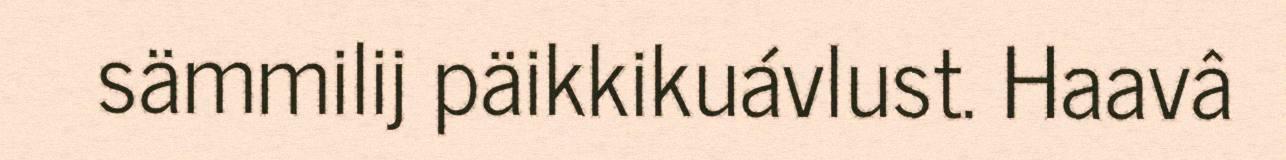
sämmilij päikkikuávlust. Haavâ